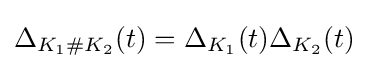
\Delta _{K_{1}\#K_{2}}(t)=\Delta _{K_{1}}(t)\Delta _{K_{2}}(t)